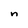
Character: n